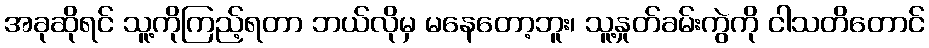
အခုဆိုရင် သူ့ကိုကြည့်ရတာ ဘယ်လိုမှ မနေတော့ဘူး၊ သူ့နှုတ်ခမ်းကွဲကို ငါသတိတောင်